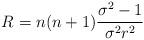
LaTeX: \begin{align*} R=n(n+1)\frac{\sigma ^{2}-1}{\sigma ^{2}r^{2}}\end{align*}